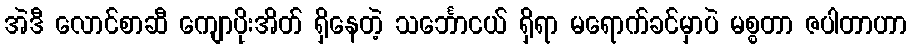
အဲဒီ လောင်စာဆီ ကျောပိုးအိတ် ရှိနေတဲ့ သင်္ဘောငယ် ရှိရာ မရောက်ခင်မှာပဲ မစ္စတာ ဇပါတာဟာ